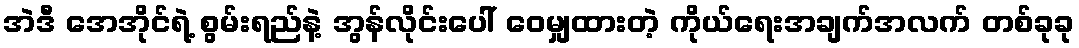
အဲဒီ အေအိုင်ရဲ့ စွမ်းရည်နဲ့ အွန်လိုင်းပေါ် ဝေမျှထားတဲ့ ကိုယ်ရေးအချက်အလက် တစ်ခုခု